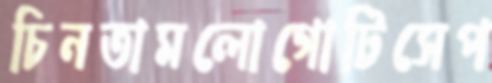
চিনতামলোগোটিসেপ